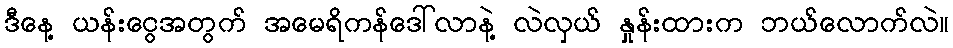
ဒီနေ့ ယန်းငွေအတွက် အမေရိကန်ဒေါ်လာနဲ့ လဲလှယ် နှုန်းထားက ဘယ်လောက်လဲ။